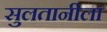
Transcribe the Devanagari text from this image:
सुलतानीला